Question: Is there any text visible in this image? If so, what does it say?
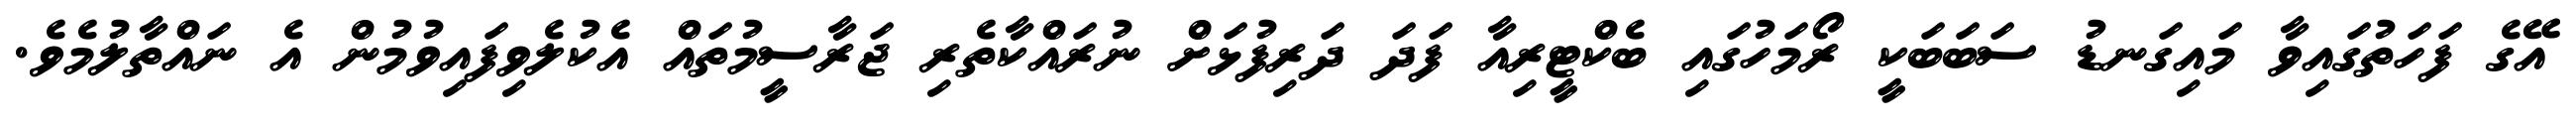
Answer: އޭގެ ފަހަތުގައިވާ މައިގަނޑު ސަބަބަކީ ރޯމަހުގައި ބެކްޓީރިއާ ފަދަ ދަރިފުޅަށް ނުރައްކާތެރި ޖަރާސީމުތައް އެކުލެވިފައިވުމުން އެ ނައްތާލުމެވެ.